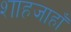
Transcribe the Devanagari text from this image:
शाहजाहाँ